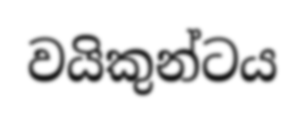
වයිකුන්ටය